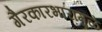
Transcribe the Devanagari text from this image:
गैरकारभारामुळे